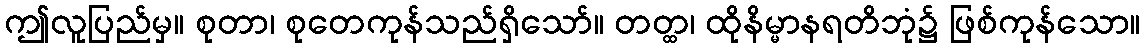
ဤလူပြည်မှ။ စုတာ၊ စုတေကုန်သည်ရှိသော်။ တတ္ထ၊ ထိုနိမ္မာနရတိဘုံ၌ ဖြစ်ကုန်သော။